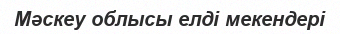
Мәскеу облысы елді мекендері